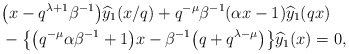
\begin{align*}&\big(x-q^{\lambda+1}\beta^{-1}\big)\widehat{y}_1(x/q) + q^{-\mu} \beta^{-1} (\alpha x- 1 )\widehat{y}_1(qx)\\&{}-\big\{ \big(q^{-\mu}\alpha\beta^{-1}+1\big)x- \beta^{-1} \big(q +q^{\lambda-\mu} \big)\big\} \widehat{y}_1(x)=0,\end{align*}